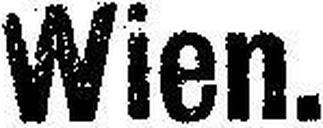
Wien.